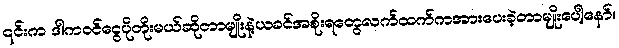
၎င်းက ဒါကဝင်ငွေပိုတိုးမယ်ဆိုတာမျိုးနဲ့ယခင်အစိုးရတွေလက်ထက်ကအားပေးခဲ့တာမျိုးပေါ့နော်။